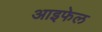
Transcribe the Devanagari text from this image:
आइफेल